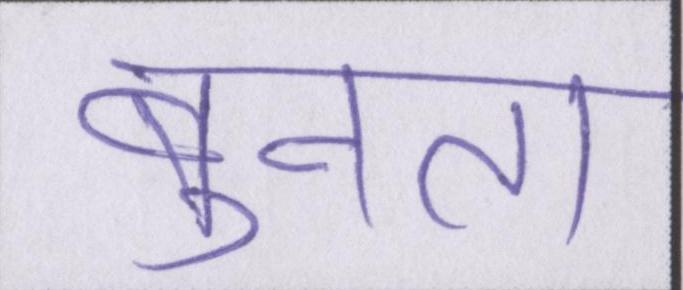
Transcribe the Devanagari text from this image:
बुनता